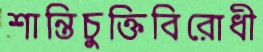
শান্তিচুক্তিবিরোধী